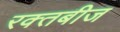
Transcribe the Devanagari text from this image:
रक्‍तबीज